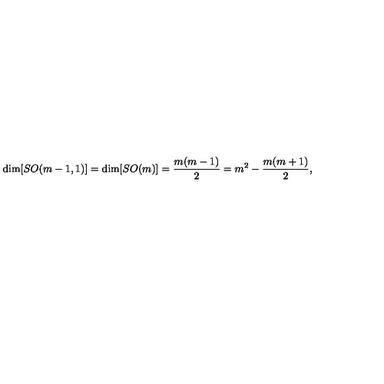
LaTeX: \mathrm { d i m } [ S O ( m - 1 , 1 ) ] = \mathrm { d i m } [ S O ( m ) ] = \frac { m ( m - 1 ) } { 2 } = m ^ { 2 } - \frac { m ( m + 1 ) } { 2 } ,